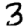
Digit: 3